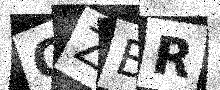
Text: QZBR